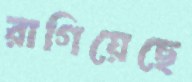
রাগিয়েছে